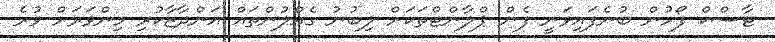
ޓާސްކް ފޯހުން ބުނެފައިވަނީ ފެން ޕްލާންޓްތަކަށް ލިބުނު ގެއްލުންތައް އަންދާޒާކުރި މިންވަރަށް ވުރެ